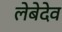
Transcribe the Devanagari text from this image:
लेबेदेव